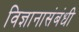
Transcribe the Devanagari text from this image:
विज्ञानासंबंधी